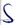
Text: S